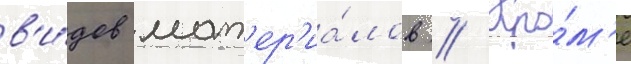
в'и́дов мат'ер'иа́лов // Кро́м'е